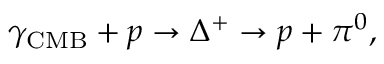
\gamma _ { \mathrm { C M B } } + p \to \Delta ^ { + } \to p + \pi ^ { 0 } ,